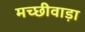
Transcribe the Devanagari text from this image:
मच्छीवाड़ा